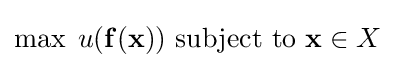
\max \;u(\mathbf {f} (\mathbf {x} )){\text{ subject to }}\mathbf {x} \in X